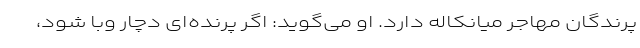
پرندگان مهاجر میانکاله دارد. او می‌گوید: اگر پرنده‌ای دچار وبا شود،